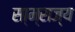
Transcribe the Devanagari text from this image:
सा्म्राज्य